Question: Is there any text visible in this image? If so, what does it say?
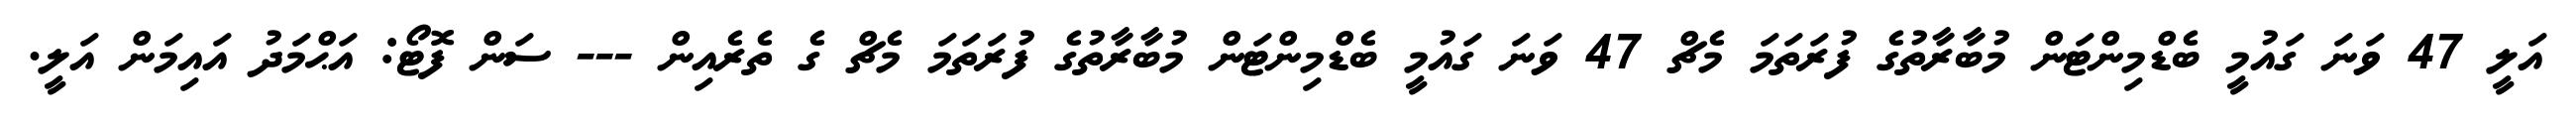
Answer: އަލީ 47 ވަނަ ގައުމީ ބެޑްމިންޓަން މުބާރާތުގެ ފުރަތަމަ މެޗް 47 ވަނަ ގައުމީ ބެޑްމިންޓަން މުބާރާތުގެ ފުރަތަމަ މެޗް ގެ ތެރެއިން --- ސަން ފޮޓޯ: އަޙްމަދު އައިމަން އަލީ.